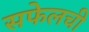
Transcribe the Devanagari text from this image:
सफेलची